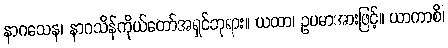
နာဂသေန၊ နာဂသိန်ကိုယ်တော်အရှင်ဘုရား။ ယထာ၊ ဥပမာအားဖြင့်။ ယာကာစိ၊